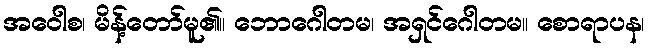
အဝေါစ၊ မိန့်တော်မူ၏။ ဘောဂေါတမ၊ အရှင်ဂေါတမ။ စောရာပန၊